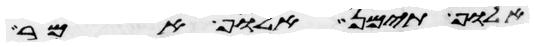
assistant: אלוף תימן אלוף אמר